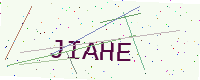
Text: JIAHE